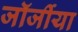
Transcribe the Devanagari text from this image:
जॉर्जीया